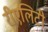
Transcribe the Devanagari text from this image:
रीएलिटी